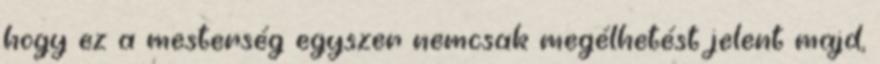
hogy ez a mesterség egyszer nemcsak megélhetést jelent majd,